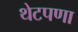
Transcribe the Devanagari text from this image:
थेटपणा